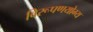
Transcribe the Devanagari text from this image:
विरूपणयोग्य